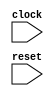
module MultiClockSpecanonfun22anonfunapplymcVsp12anon5(
  input   clock,
  input   reset
);
`ifdef RANDOMIZE_REG_INIT
  reg [31:0] _RAND_0;
`endif // RANDOMIZE_REG_INIT
  reg  value; // @[Counter.scala 17:33]
  wire  _T_17 = value + 1'h1; // @[Counter.scala 26:22]
  always @(posedge clock) begin
    if (reset) begin // @[Counter.scala 17:33]
      value <= 1'h0; // @[Counter.scala 17:33]
    end else begin
      value <= _T_17;
    end
    `ifndef SYNTHESIS
    `ifdef STOP_COND
      if (`STOP_COND) begin
    `endif
        if (value & ~reset) begin
          $finish; // @[MultiClockSpec.scala 167:25]
        end
    `ifdef STOP_COND
      end
    `endif
    `endif // SYNTHESIS
  end
// Register and memory initialization
`ifdef RANDOMIZE_GARBAGE_ASSIGN
`define RANDOMIZE
`endif
`ifdef RANDOMIZE_INVALID_ASSIGN
`define RANDOMIZE
`endif
`ifdef RANDOMIZE_REG_INIT
`define RANDOMIZE
`endif
`ifdef RANDOMIZE_MEM_INIT
`define RANDOMIZE
`endif
`ifndef RANDOM
`define RANDOM $random
`endif
`ifdef RANDOMIZE_MEM_INIT
  integer initvar;
`endif
`ifndef SYNTHESIS
`ifdef FIRRTL_BEFORE_INITIAL
`FIRRTL_BEFORE_INITIAL
`endif
initial begin
  `ifdef RANDOMIZE
    `ifdef INIT_RANDOM
      `INIT_RANDOM
    `endif
    `ifndef VERILATOR
      `ifdef RANDOMIZE_DELAY
        #`RANDOMIZE_DELAY begin end
      `else
        #0.002 begin end
      `endif
    `endif
`ifdef RANDOMIZE_REG_INIT
  _RAND_0 = {1{`RANDOM}};
  value = _RAND_0[0:0];
`endif // RANDOMIZE_REG_INIT
  `endif // RANDOMIZE
end // initial
`ifdef FIRRTL_AFTER_INITIAL
`FIRRTL_AFTER_INITIAL
`endif
`endif // SYNTHESIS
endmodule